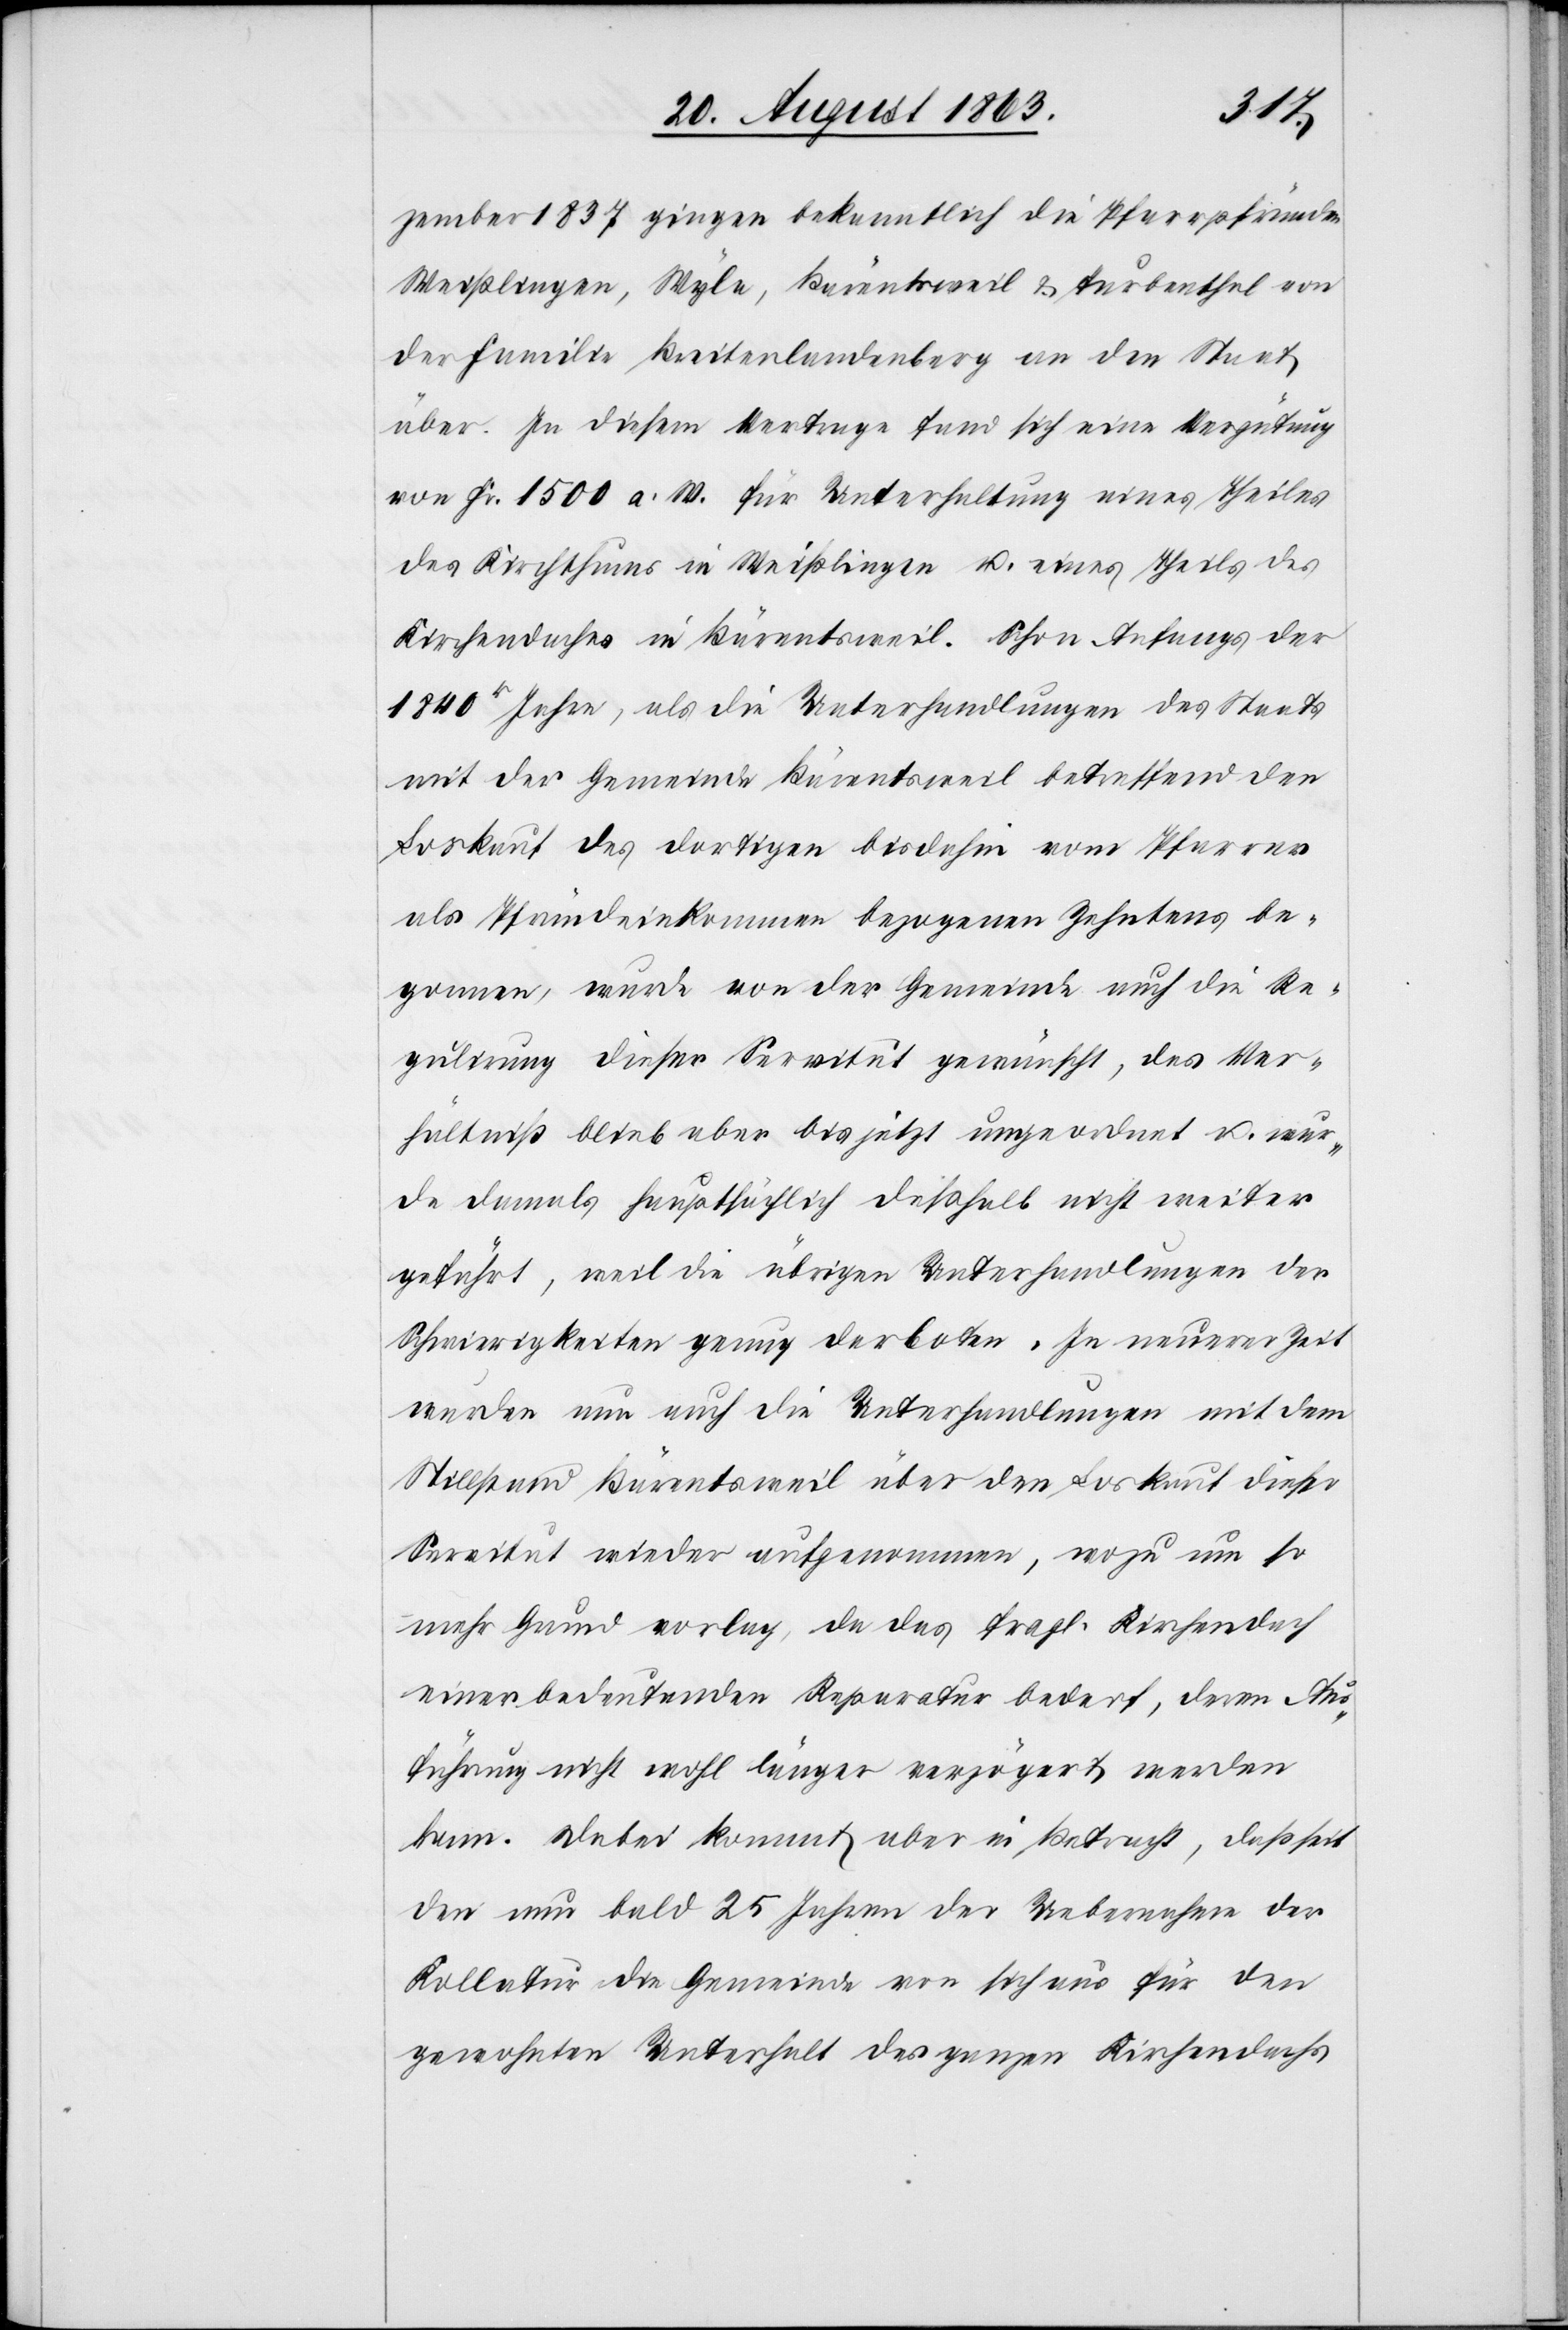
zember 1837 gingen bekanntlich die Pfarrpfründen
Weißlingen, Wyla, Bärentsweil & Turbenthal von
der Familie Breitenlandenberg an den Staat
über. In diesem Vertrage fand sich eine Vergütung
von Fr. 1500 a. W. für Unterhaltung eines Theiles
des Kirchthums [sic!] in Weißlingen u. eines Theils des
Kirchendaches in Bärentsweil. Schon Anfangs der
1840r Jahre, als die Unterhandlungen des Staats
mit der Gemeinde Bärentsweil betreffend den
Loskauf des dortigen bisdahin vom Pfarrer
als Pfründeinkommen bezogenen Zehntens be¬
gonnen, wurde von der Gemeinde auch die Re¬
gulirung dieser Servitut gewünscht, das Ver¬
hältniß blieb aber bis jetzt ungeordnet u. wur¬
de damals hauptsächlich deßhalb nicht weiter
geführt, weil die übrigen Unterhandlungen der
Schwierigkeiten genug darboten. In neuerer Zeit
wurden nun auch die Unterhandlungen mit dem
Stillstand Bärentsweil über den Loskauf dieser
Servitut wieder aufgenommen, wozu um so
mehr Grund vorlag, da das fragl. Kirchendach
einer bedeutenden Reparatur bedarf, deren Au¬
sführung nicht wohl länger verzögert werden
kann. Dabei kommt aber in Betracht, daß seit
den nun bald 25 Jahren der Uebernahme der
Kollatur die Gemeinde von sich aus für den
gewohnten Unterhalt des ganzen Kirchendachs